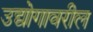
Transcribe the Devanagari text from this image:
उद्योगावरील